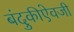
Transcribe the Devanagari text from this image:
बंदुकीऐवजी